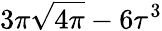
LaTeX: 3\pi\sqrt{4\pi}-6\tau^{3}